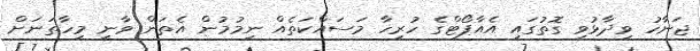
ޖަނާހު ވިދާޅުވި ގޮތުގައި އެއާޕޯޓްގެ ހުރިހާ މަސައްކަތެއް ނިމުމުން އެތަން ވާނީ މިހާތަނަށް